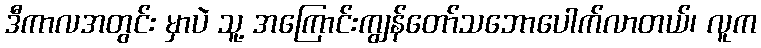
ဒီကာလအတွင်း မှာပဲ သူ့ အကြောင်းကျွန်တော်သဘောပေါက်လာတယ်၊ လူက